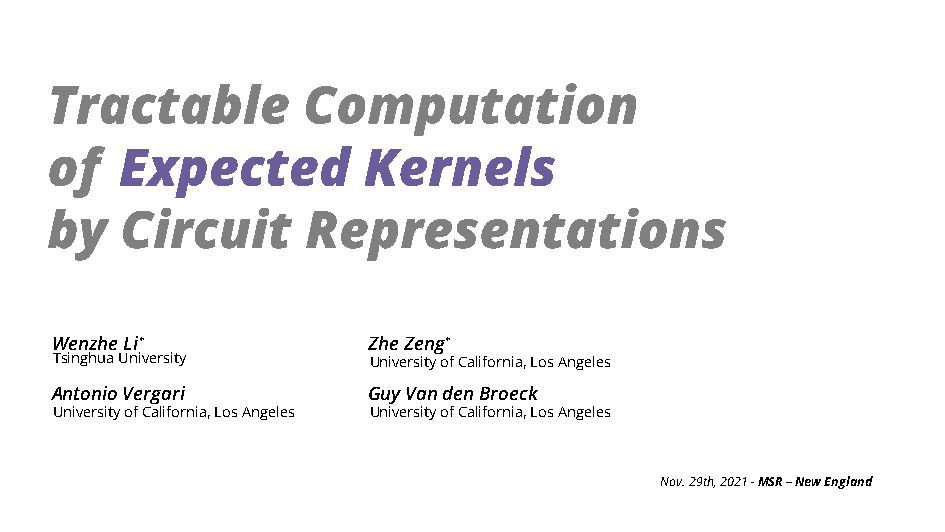
Tractable        Computation
 of   Expected        Kernels
 by   Circuit     Representations
 WenzheLi∗            ZheZeng∗
 TsinghuaUniversity  UniversityofCalifornia,LosAngeles
 AntonioVergari       GuyVandenBroeck
 UniversityofCalifornia,LosAngeles UniversityofCalifornia,LosAngeles
 Nov.29th,2021-MSR–NewEngland